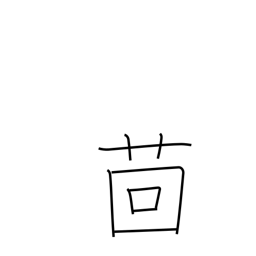
Meaning: fennel